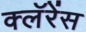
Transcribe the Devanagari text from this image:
क्लॅरेंस